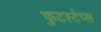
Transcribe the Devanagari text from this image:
फुटस्टेप्स